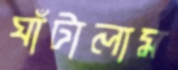
ঘাঁটালাম